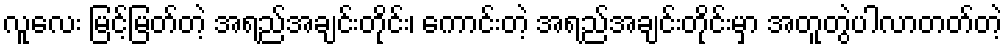
လူလေး မြင့်မြတ်တဲ့ အရည်အချင်းတိုင်း၊ ကောင်းတဲ့ အရည်အချင်းတိုင်းမှာ အတူတွဲပါလာတတ်တဲ့